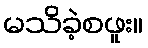
မသိခဲ့စဖူး။